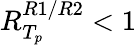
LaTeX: R_{T_{p}}^{R1/R2}<1